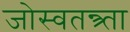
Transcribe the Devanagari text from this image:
जोस्वतन्त्र्ता